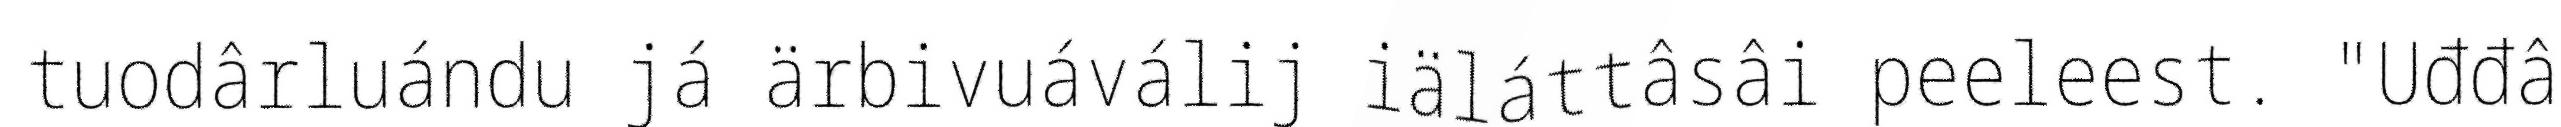
tuodârluándu já ärbivuáválij iäláttâsâi peeleest. "Uđđâ